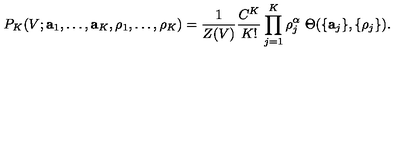
P _ { K } ( V ; { \bf a } _ { 1 } , \ldots , { \bf a } _ { K } , \rho _ { 1 } , \ldots , \rho _ { K } ) = \frac { 1 } { Z ( V ) } \frac { C ^ { K } } { K ! } \prod _ { j = 1 } ^ { K } \rho _ { j } ^ { \alpha } \ \Theta ( \{ { \bf a } _ { j } \} , \{ \rho _ { j } \} ) .